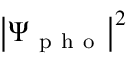
\left| \Psi _ { \mathrm { ~ p ~ h ~ o ~ } } \right| ^ { 2 }